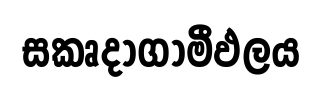
සකෘදාගාමීඵලය